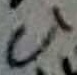
Text: C1